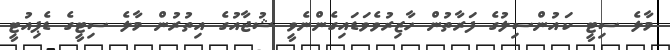
މާލެ ސިޓީ ކައުންސިލުގެ ފަރާތުން ހާޒިރުވެވަޑައިގެންނެވީ ޝުޖާއުގެ އިތުރުން މާލެ ސިޓީގެ ޑެޕިއުޓީ